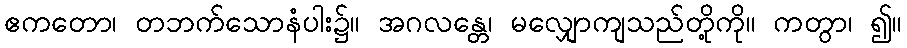
ဧကတော၊ တဘက်သောနံပါး၌။ အဂလန္တေ၊ မလျှောကျသည်တို့ကို။ ကတွာ၊ ၍။